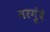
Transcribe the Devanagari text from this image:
नरगुंदे